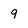
Character: 9